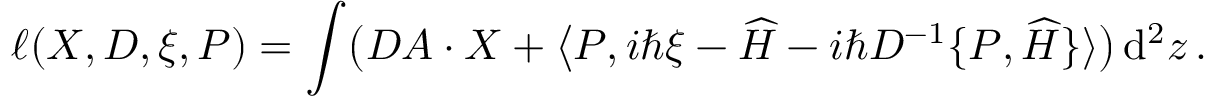
\ell ( \boldsymbol { \cal X } , D , \xi , { \cal P } ) = \int \! \big ( D \boldsymbol { \cal A } \cdot \boldsymbol { \cal X } + \big \langle { \cal P } , i \hbar \xi - { \widehat { H } } - i \hbar D ^ { - 1 } \{ { \cal P } , \widehat { H } \} \rangle \big ) \, \mathrm { d } ^ { 2 } z \, .